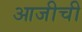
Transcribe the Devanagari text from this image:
आजीची